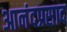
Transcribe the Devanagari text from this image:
आनंदप्रसाद